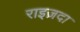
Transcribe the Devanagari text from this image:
राइज़दा